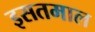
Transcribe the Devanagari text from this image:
इसतमाल